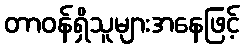
တာဝန်ရှိသူများအနေဖြင့်